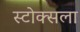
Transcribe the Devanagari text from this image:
स्टोक्सला